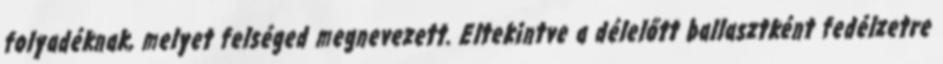
folyadéknak, melyet felséged megnevezett. Eltekintve a délelőtt ballasztként fedélzetre